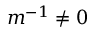
m ^ { - 1 } \ne 0